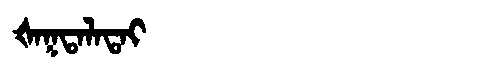
Manchu: ᡧᠠᡴᡨᠠᠯᠠᡨᠠᡳ
Romanization: ŠAKTALATAI